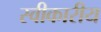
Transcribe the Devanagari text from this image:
स्वीकारीय